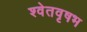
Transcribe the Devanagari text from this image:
श्वेतवृषभ